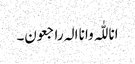
انا للّٰہ وانا الہ راجعون۔